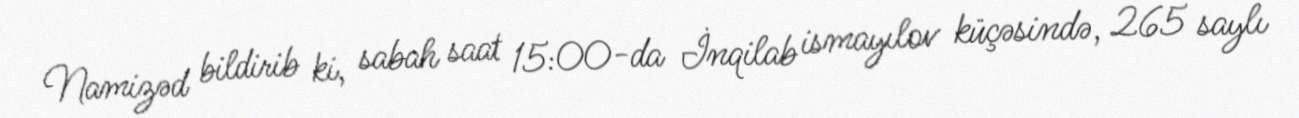
Namizəd bildirib ki, sabah saat 15:00-da İnqilab ismayılov küçəsində, 265 saylı